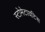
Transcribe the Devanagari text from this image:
स्टोमेटायटिस